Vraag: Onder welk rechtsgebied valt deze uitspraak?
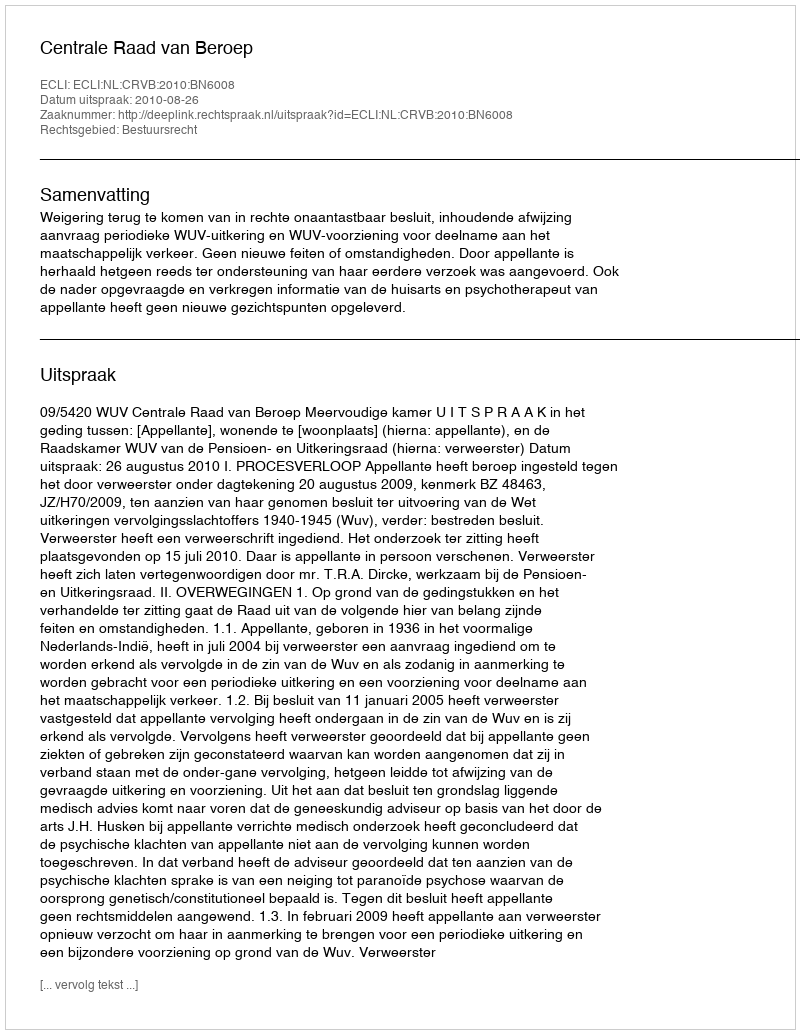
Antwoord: Bestuursrecht